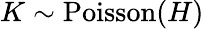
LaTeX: K\sim\operatorname{Poisson}(H)